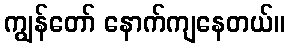
ကျွန်တော် နောက်ကျနေတယ်။